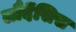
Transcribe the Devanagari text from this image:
लौदेंसिस